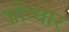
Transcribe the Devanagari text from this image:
जौन्धार